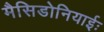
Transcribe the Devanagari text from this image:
मैसिडोनियाईः